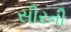
સીરતી